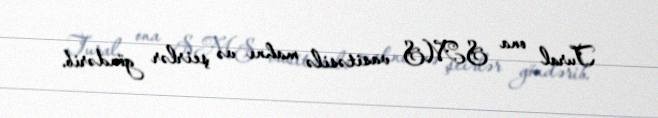
Tural ona SMS vasitəsilə mahnı və şeirlər göndərib.